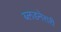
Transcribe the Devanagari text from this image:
ब्लडनेरारी